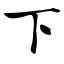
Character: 下